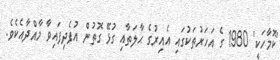
'ކޮމާހަކީ' 1980 ގެ އަހަރުތަކުގައި އެއިރުގެ ޙާލަތާއި ގުޅޭ ގޮތުން އުފެދިފައިވާ މާއްދާއެކެވެ.